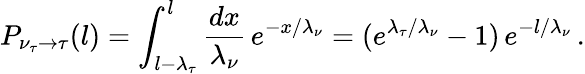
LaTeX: P_{{\nu_{\tau}}\rightarrow\tau}(l)=\int_{l-\lambda_{\tau}}^{l}\frac{dx}{\lambda_{\nu}}\, e^{-x/\lambda_{\nu}}=(e^{\lambda_{\tau}/\lambda_{\nu}}-1)\, e^{-l/\lambda_{\nu}}\, .